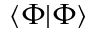
\langle \Phi | \Phi \rangle